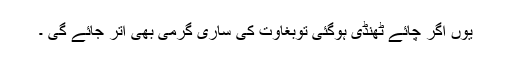
یوں اگر چائے ٹھنڈی ہوگئی توبغاوت کی ساری گرمی بھی اتر جائے گی ۔